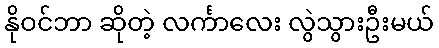
နိုဝင်ဘာ ဆိုတဲ့ လင်္ကာလေး လွဲသွားဦးမယ်